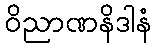
ဝိညာဏနိဒါနံ